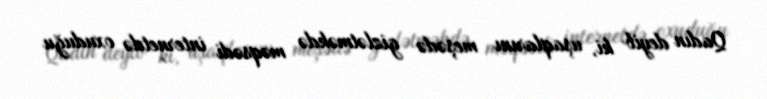
Qadın deyib ki, uşaqlarını meşədə gizlətməkdə məqsədi internetdə oxuduğu